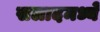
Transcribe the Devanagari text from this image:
सलादमध्ये